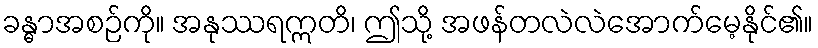
ခန္ဓာအစဉ်ကို။ အနုဿရဣတိ၊ ဤသို့ အဖန်တလဲလဲအောက်မေ့နိုင်၏။